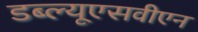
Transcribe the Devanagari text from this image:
डब्ल्यूएसवीएन